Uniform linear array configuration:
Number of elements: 64
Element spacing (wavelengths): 0.75
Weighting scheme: kaiser
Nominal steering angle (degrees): -15
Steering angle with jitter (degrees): -14.739
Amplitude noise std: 0.05
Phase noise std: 0.05

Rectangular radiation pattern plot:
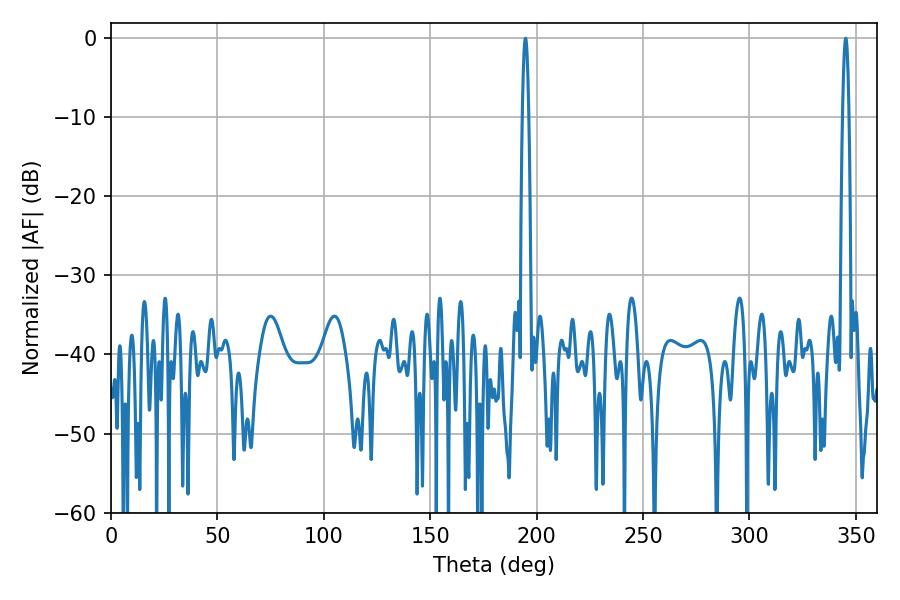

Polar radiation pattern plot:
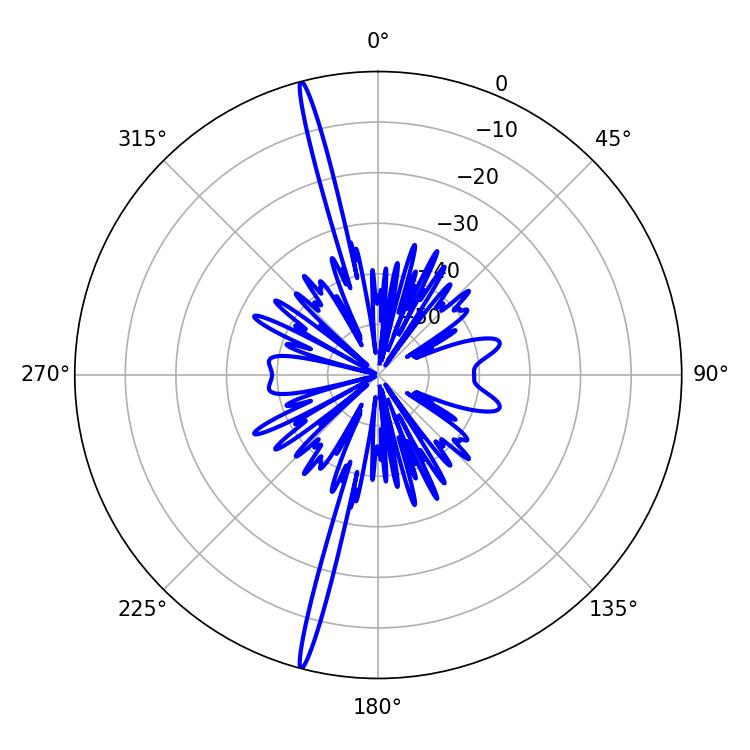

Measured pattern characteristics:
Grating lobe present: TRUE
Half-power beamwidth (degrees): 1.44
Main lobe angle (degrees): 194.76